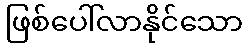
ဖြစ်ပေါ်လာနိုင်သော